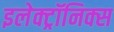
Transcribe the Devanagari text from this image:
इलेक्ट्रॉनिक्‍स